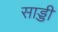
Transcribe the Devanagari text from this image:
साड्डी